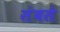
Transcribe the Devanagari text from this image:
संबसे